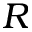
R